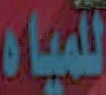
للمياه